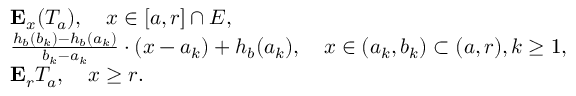
\begin{array} { r l } & { \mathbf { E } _ { x } ( T _ { a } ) , \quad x \in [ a , r ] \cap E , } \\ & { \frac { h _ { b } ( b _ { k } ) - h _ { b } ( a _ { k } ) } { b _ { k } - a _ { k } } \cdot ( x - a _ { k } ) + h _ { b } ( a _ { k } ) , \quad x \in ( a _ { k } , b _ { k } ) \subset ( a , r ) , k \geq 1 , } \\ & { \mathbf { E } _ { r } T _ { a } , \quad x \geq r . } \end{array}